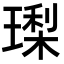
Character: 𭹳